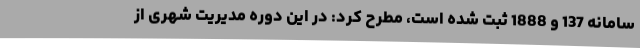
سامانه 137 و 1888 ثبت شده است، مطرح کرد: در این دوره مدیریت شهری از